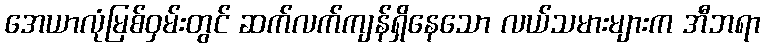
အေယာလုံမြစ်ဝှမ်းတွင် ဆက်လက်ကျန်ရှိနေသော လယ်သမားများက အီဘရာ